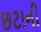
છટાની